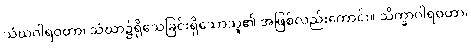
သံဃဂါရဝတာ၊ သံဃာ၌ရိုသေခြင်းရှိသောသူ၏ အဖြစ်လည်းကောင်း။ သိက္ခာဂါရဝတာ၊